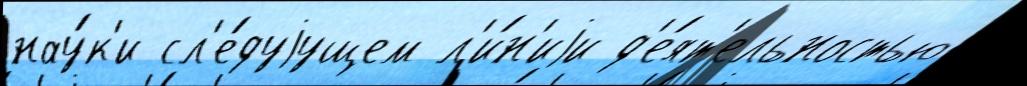
нау́к'и сл'е́дуjущем л'и́н'иjи д'е́ят'ельностью